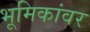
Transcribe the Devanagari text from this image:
भूमिकांवर